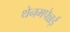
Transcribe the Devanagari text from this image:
थेनमपेन्नई